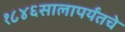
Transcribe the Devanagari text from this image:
१८४६सालापर्यंतचे